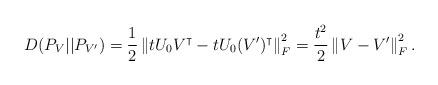
LaTeX: \begin{align*}D(P_V|| P_{V'}) = \frac{1}{2}\left\|tU_0V^{\intercal} - tU_0(V')^{\intercal}\right\|_F^2 = \frac{t^2}{2}\left\|V - V'\right\|_F^2. \end{align*}